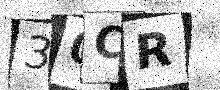
Text: 30CR